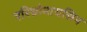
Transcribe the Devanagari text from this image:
एरिथ्रोमायसिन